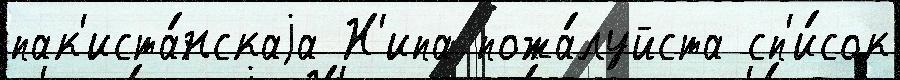
пак'иста́нскаjа Н'ипа пожа́луйста сп'и́сок